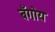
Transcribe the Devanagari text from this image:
बँगोय